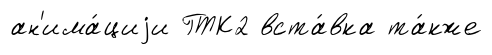
ан'има́циjи ГТК2 вста́вка та́кже